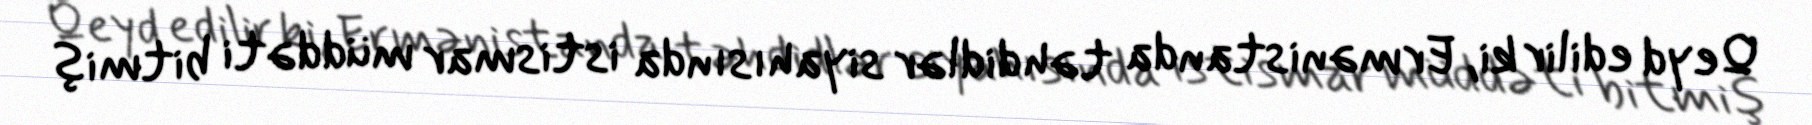
Qeyd edilir ki, Ermənistanda təhdidlər siyahısında istismar müddəti bitmiş